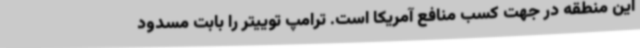
این منطقه در جهت کسب منافع آمریکا است. ترامپ توییتر را بابت مسدود